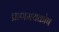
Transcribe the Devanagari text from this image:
प्राणमयकोष